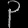
Digit: ၃